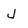
Character: J